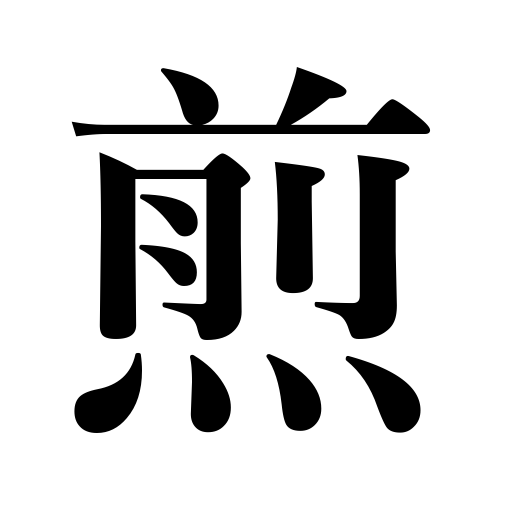
Meanings: parch,fire tea,boil down in oil,broil,roast